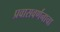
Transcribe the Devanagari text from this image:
प्रवासवर्णनाचा